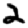
Digit: 2